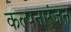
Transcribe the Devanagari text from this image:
कल्पनारंजन